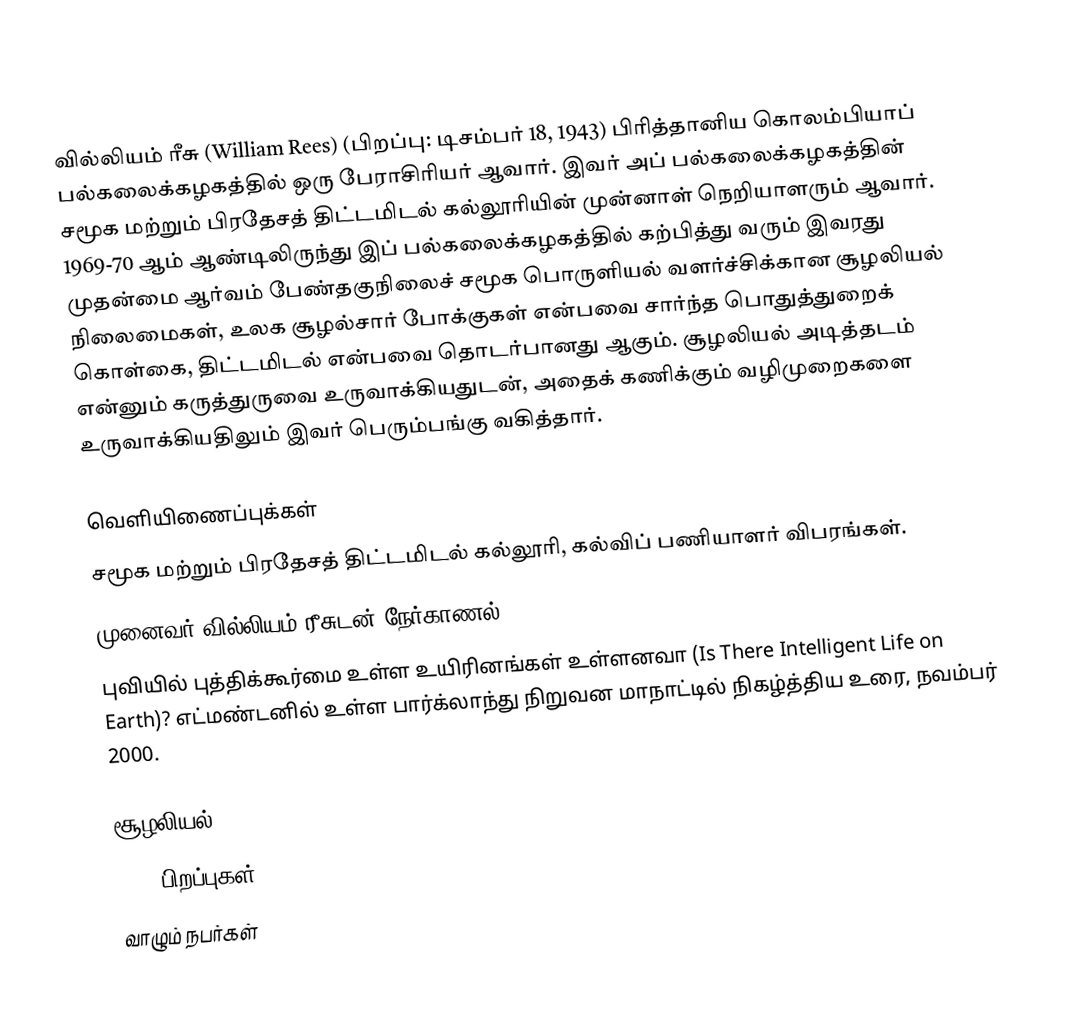
வில்லியம் ரீசு (William Rees) (பிறப்பு: டிசம்பர் 18, 1943) பிரித்தானிய கொலம்பியாப் பல்கலைக்கழகத்தில் ஒரு பேராசிரியர் ஆவார். இவர் அப் பல்கலைக்கழகத்தின் சமூக மற்றும் பிரதேசத் திட்டமிடல் கல்லூரியின் முன்னாள் நெறியாளரும் ஆவார். 1969-70 ஆம் ஆண்டிலிருந்து இப் பல்கலைக்கழகத்தில் கற்பித்து வரும் இவரது முதன்மை ஆர்வம் பேண்தகுநிலைச் சமூக பொருளியல் வளர்ச்சிக்கான சூழலியல் நிலைமைகள், உலக சூழல்சார் போக்குகள் என்பவை சார்ந்த பொதுத்துறைக் கொள்கை, திட்டமிடல் என்பவை தொடர்பானது ஆகும். சூழலியல் அடித்தடம் என்னும் கருத்துருவை உருவாக்கியதுடன், அதைக் கணிக்கும் வழிமுறைகளை உருவாக்கியதிலும் இவர் பெரும்பங்கு வகித்தார்.

வெளியிணைப்புக்கள்
சமூக மற்றும் பிரதேசத் திட்டமிடல் கல்லூரி, கல்விப் பணியாளர் விபரங்கள்.
முனைவர் வில்லியம் ரீசுடன் நேர்காணல்
புவியில் புத்திக்கூர்மை உள்ள உயிரினங்கள் உள்ளனவா (Is There Intelligent Life on Earth)?  எட்மண்டனில் உள்ள பார்க்லாந்து நிறுவன மாநாட்டில் நிகழ்த்திய உரை, நவம்பர் 2000.

சூழலியல்
1943 பிறப்புகள்
வாழும் நபர்கள்